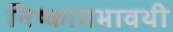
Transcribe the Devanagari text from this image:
निष्कामभावथी